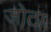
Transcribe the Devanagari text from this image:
जोटा